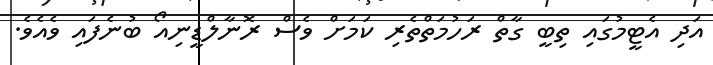
އަދި އެޓީމުގައި ތިބީ ގާތް ރަހުމަތްތެރި ކަމަށް ވެސް ރޮނާލްޑީނިއޯ ބުނެފައި ވެއެވެ.